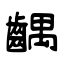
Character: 齵